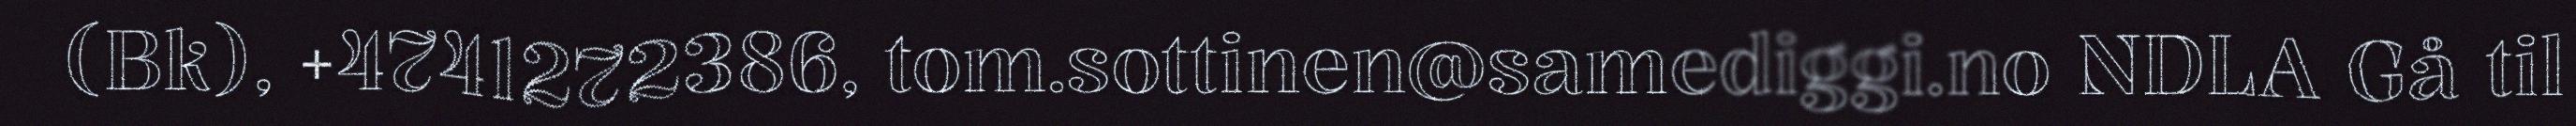
(Bk), +4741272386, tom.sottinen@samediggi.no NDLA Gå til